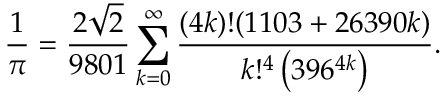
{ \frac { 1 } { \pi } } = { \frac { 2 { \sqrt { 2 } } } { 9 8 0 1 } } \sum _ { k = 0 } ^ { \infty } { \frac { ( 4 k ) ! ( 1 1 0 3 + 2 6 3 9 0 k ) } { k ! ^ { 4 } \left( 3 9 6 ^ { 4 k } \right) } } .